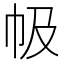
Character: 㠷